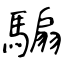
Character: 騸